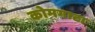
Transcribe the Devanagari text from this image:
कोमगाटा